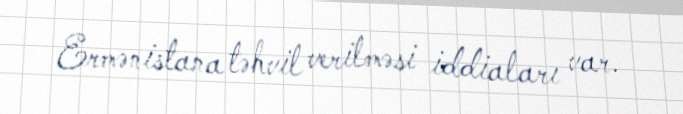
Ermənistana təhvil verilməsi iddiaları var.